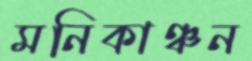
মনিকাঞ্চন